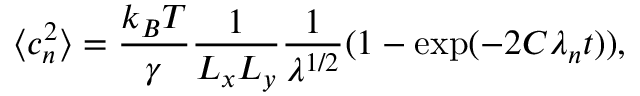
\langle c _ { n } ^ { 2 } \rangle = \frac { k _ { B } T } { \gamma } \frac { 1 } { L _ { x } L _ { y } } \frac { 1 } { \lambda ^ { 1 / 2 } } ( 1 - \exp ( - 2 C \lambda _ { n } t ) ) ,